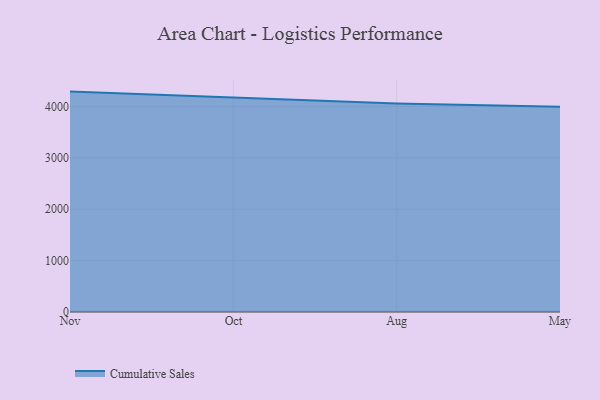
{"axis": {"x": "Month", "y": "Humidity (%)"}, "legend": ["Cumulative Sales"], "data": [{"x": "Nov", "y": 4290.5, "type": "Cumulative Sales"}, {"x": "Oct", "y": 4174.6, "type": "Cumulative Sales"}, {"x": "Aug", "y": 4058.9, "type": "Cumulative Sales"}, {"x": "May", "y": 3995.0, "type": "Cumulative Sales"}]}